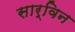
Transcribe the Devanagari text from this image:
सार्विन